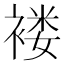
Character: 褛